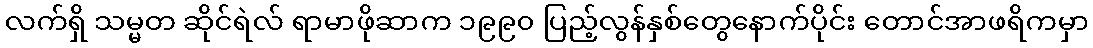
လက်ရှိ သမ္မတ ဆိုင်ရဲလ် ရာမာဖိုဆာက ၁၉၉၀ ပြည့်လွန်နှစ်တွေနောက်ပိုင်း တောင်အာဖရိကမှာ